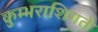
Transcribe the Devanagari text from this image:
कुम्भराशिगते